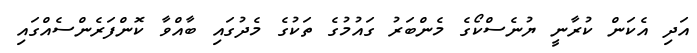
އަދި އެކަން ކުރާނީ ޔުނެސްކޯގެ މެންބަރު ގައުމުގެ ތަކުގެ މެދުގައި ބާއްވާ ކޮންފަރެންސެއްގައި